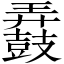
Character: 𲎚